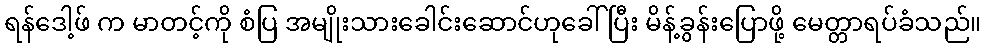
ရန်ဒေါ့ဖ် က မာတင့်ကို စံပြ အမျိုးသားခေါင်းဆောင်ဟုခေါ်ပြီး မိန့်ခွန်းပြောဖို့ မေတ္တာရပ်ခံသည်။